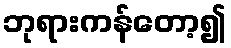
ဘုရားကန်တော့၍